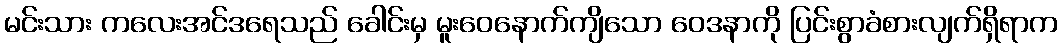
မင်းသား ကလေးအင်ဒရေသည် ခေါင်းမှ မူးဝေနောက်ကျိသော ဝေဒနာကို ပြင်းစွာခံစားလျက်ရှိရာက